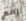
رقم